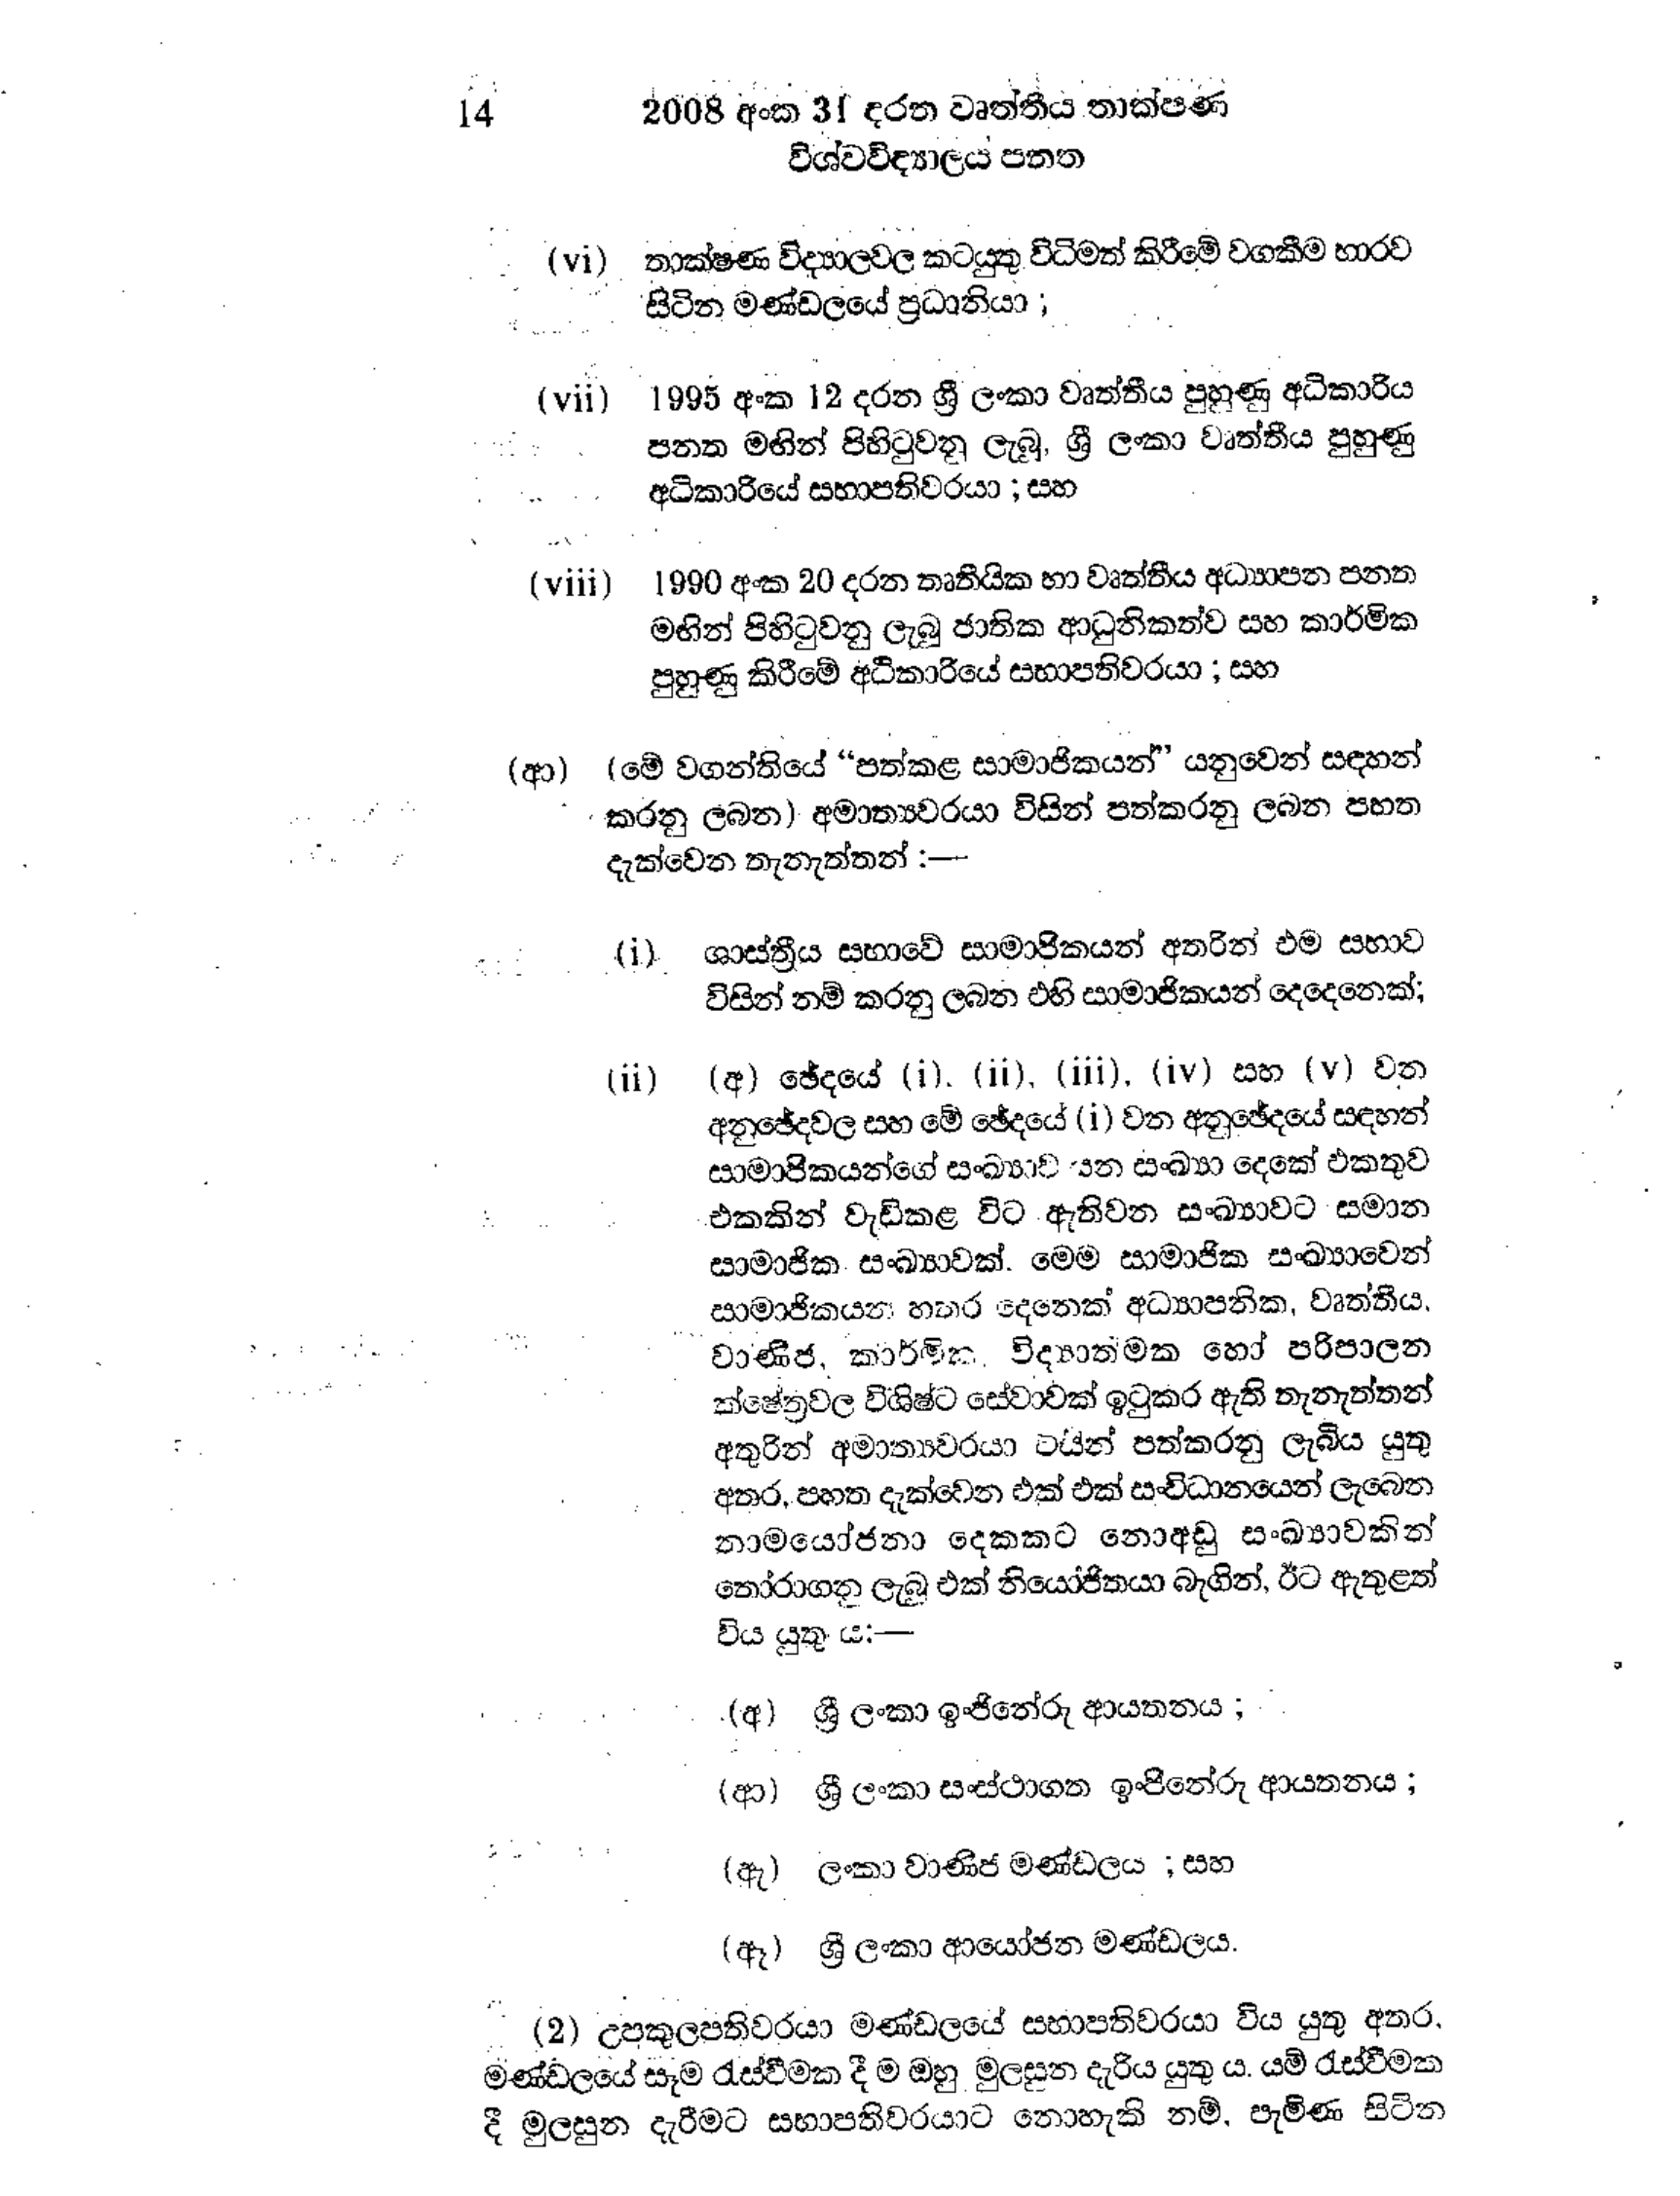
14 2008 අංක 31 දරන වෘත්තීය තාක්ෂණ
විශ්ව විද්‍යාලය පනත

(vi) තාක්ෂණ විද්‍යාලවල කටයුතු විධිමත් කිරීමේ වගකීම භාරව
සිටින මණ්ඩලයේ ප්‍රධානියා ;

(vii) 1995 අංක 12 දරන ශ්‍රී ලංකා වෘත්තීය පුහුණු අධිකාරිය
පනත මඟින් පිහිටුවනු ලැබූ, ශ්‍රී ලංකා වෘත්තීය පුහුණු
අධිකාරියේ සභාපතිවරයා ; සහ

(viii) 1990 අංක 20 දරන තෘතීයික හා වෘත්තීය අධ්‍යාපන පනත
මඟින් පිහිටුවනු ලැබූ ජාතික ආධුනිකත්ව සහ කාර්මික
පුහුණු කිරීමේ අධිකාරියේ සභාපතිවරයා ; සහ

(ආ) (මේ වගන්තියේ “පත්කළ සාමාජිකයන්” යනුවෙන් සඳහන්
කරනු ලබන) අමාත්‍යවරයා විසින් පත්කරනු ලබන පහත
දැක්වෙන තැනැත්තන් :-

(i) ශාස්ත්‍රීය සභාවේ සාමාජිකයන් අතරින් එම සභාව
විසින් නම් කරනු ලබන එහි සාමාජිකයන් දෙදෙනෙක්;

(ii) (අ) ඡේදයේ (i), (ii), (iii), (iv) සහ ( v ) වන
අනුඡේදවල සහ මේ ඡේදයේ (i) වන අනුඡේදයේ සඳහන්
සාමාජිකයන්ගේ සංඛ්‍යාව යන සංඛ්‍යා දෙකේ එකතුව
එකකින් වැඩිකළ විට ඇතිවන සංඛ්‍යාවට සමාන
සාමාජික සංඛ්‍යාවක්. මෙම සාමාජික සංඛ්‍යාවෙන්
සාමාජිකයන් හතර දෙනෙක් අධ්‍යාපනික, වෘත්තීය,
වාණිජ, කාර්මික විද්‍යාත්මක හෝ පරිපාලන
ක්ෂේත්‍රවල විශිෂ්ට සේවාවක් ඉටුකර ඇති තැනැත්තන්
අතුරින් අමාත්‍යවරයා විසින් පත්කරනු ලැබිය යුතු
අතර, පහත දැක්වෙන එක් එක් සංවිධානයෙන් ලැබෙන
නාමයෝජනා දෙකකට නොඅඩු සංඛ්‍යාවකින්
තෝරාගනු ලැබූ එක් නියෝජිතයා බැගින්, ඊට ඇතුළත්
විය යුතුය :

(අ) ශ්‍රී ලංකා ඉංජිනේරු ආයතනය ;

(ආ) ශ්‍රී ලංකා සංස්ථාගත ඉංජිනේරු ආයතනය ;

(ඇ) ලංකා වාණිජ මණ්ඩලය ; සහ

(ඈ) ශ්‍රී ලංකා ආයෝජන මණ්ඩලය.

(2) උපකුලපතිවරයා මණ්ඩලයේ සභාපතිවරයා විය යුතු අතර,
මණ්ඩලයේ සෑම රැස්වීමක දී ම ඔහු මුලසුන දැරිය යුතු ය. යම් රැස්වීමක
දී මුලසුන දැරීමට සභාපතිවරයාට නොහැකි නම්, පැමිණ සිටින